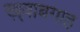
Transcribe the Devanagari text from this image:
ख़्वाबगाह